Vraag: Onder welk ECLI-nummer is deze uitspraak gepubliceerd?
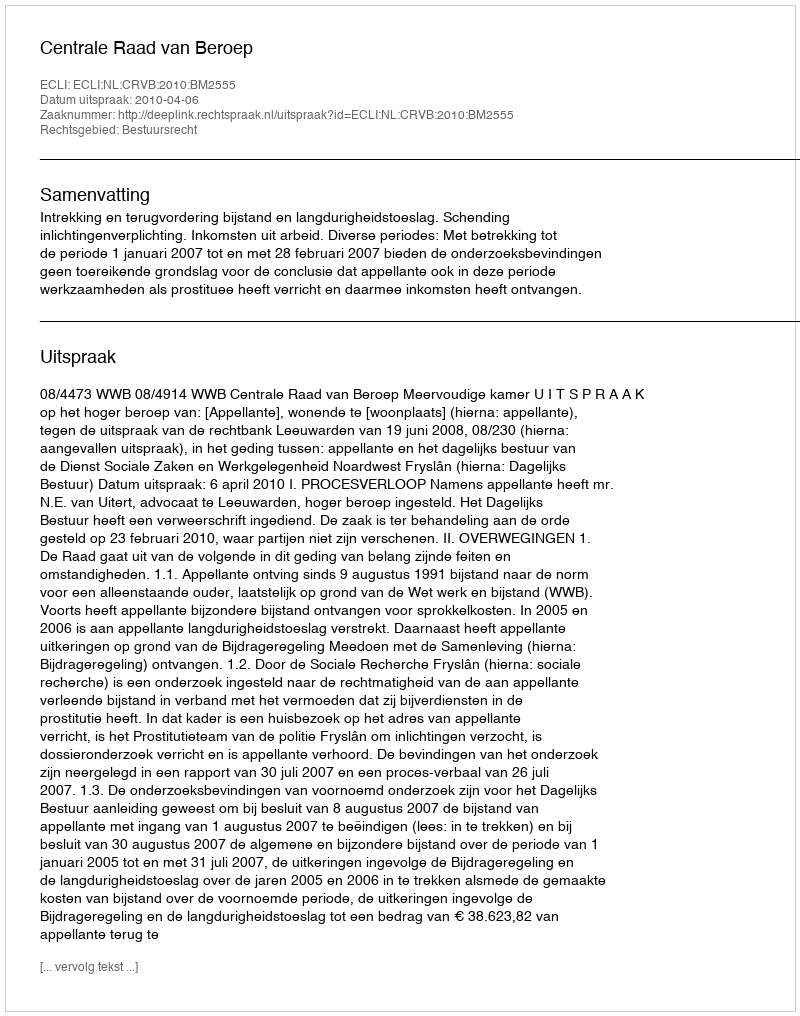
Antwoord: ECLI:NL:CRVB:2010:BM2555